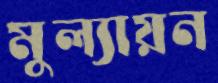
মুল্যায়ন